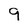
Character: 9